Leaving Certificate Examination, 1904
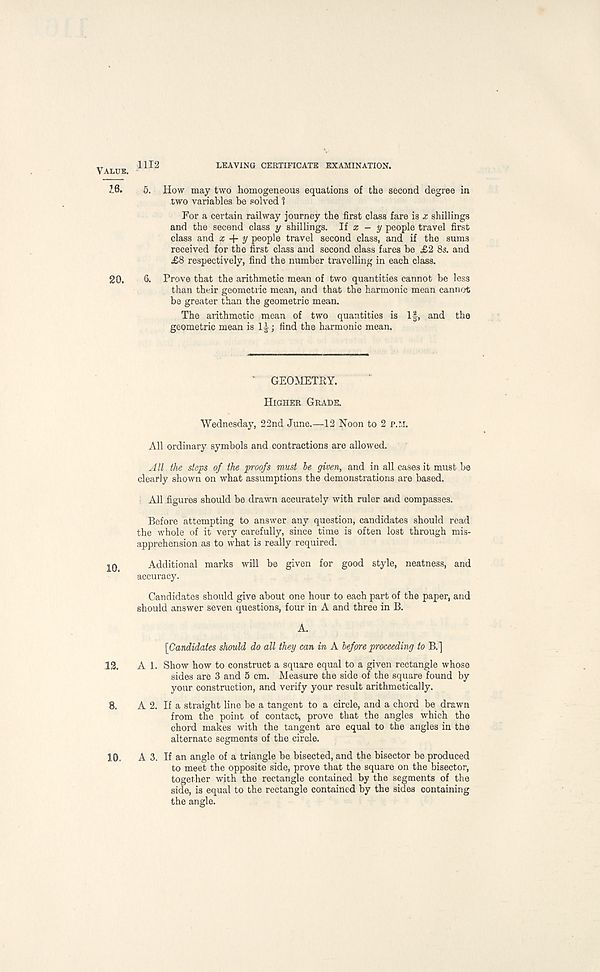
1112
LEAVING CERTIFICATE EXAMINATION.
5. How may two homogeneous equations of the second degree in
two variables be solved 1
For a certain railway journey the first class fare is x shillings
and the second class y shillings. Ji x - y people travel first
class and x y people travel second class, and if the sums
received for the first class and second class fares be £2 8s. and
£8 respectively, find the number travelling in each class.
6. Prove that the arithmetic mean of two quantities cannot be less
than their geometric mean, and that the harmonic mean cannot
be greater than the geometric mean.
The arithmetic mean of two quantities is If, and the
geometric mean is 1J; find the harmonic mean.
GEOMETRY.
Higher Grade.
Wednesday, 22nd June.—12 Noon to 2 P.M.
All ordinary symbols and contractions are allowed.
A/Z the steps of the proofs must be given, and in all cases it must be
clearly shown on what assumptions the demonstrations are based.
All figures should be drawn accurately with ruler a*id compasses.
Before attempting to answer any question, candidates should read
the whole of it very carefully, since time is often lost through mis-
apprehension as to what is really required.
Additional marks will be given for good style, neatness, and
accuracy.
Candidates should give about one hour to each part of the paper, and
should answer seven questions, four in A and three in B.
A.
[Candidates should do all they can in A before proceeding to B.]
A 1. Show how to construct a square equal to a given rectangle whose
sides are 3 and 5 cm. Measure the side of the square found by
your construction, and verify your result arithmetically.
A 2. If a straight line be a tangent to a circle, and a chord be drawn
from the point of contact, prove that the angles which the
chord makes with the tangent are equal to the angles in the
alternate segments of the circle.
A 3. If an angle of a triangle be bisected, and the bisector be produced
to meet the opposite side, prove that the square on the bisector,
together with the rectangle contained by the segments of the
side, is equal to the rectangle contained by the sides containing
the angle.